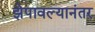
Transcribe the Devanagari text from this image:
झेपावल्यानंतर